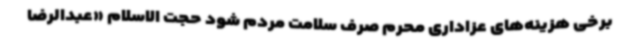
برخی هزینه‌های عزاداری محرم صرف سلامت مردم شود حجت الاسلام «عبدالرضا